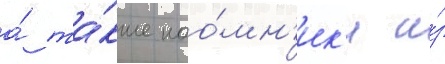
а́ та́кже нао́мн'ик'и и́з